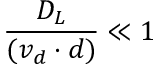
\frac { D _ { L } } { ( v _ { d } \cdot d ) } \ll 1